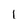
Character: 1